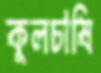
কুলচাষি